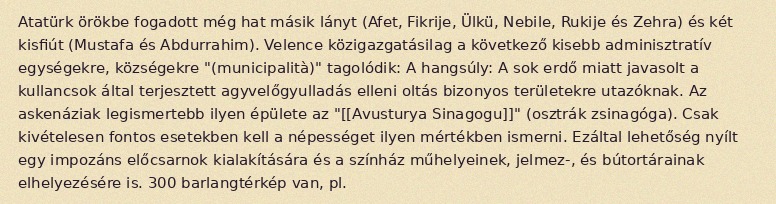
Atatürk örökbe fogadott még hat másik lányt (Afet, Fikrije, Ülkü, Nebile, Rukije és Zehra) és két kisfiút (Mustafa és Abdurrahim). Velence közigazgatásilag a következő kisebb adminisztratív egységekre, községekre "(municipalità)" tagolódik: A hangsúly: A sok erdő miatt javasolt a kullancsok által terjesztett agyvelőgyulladás elleni oltás bizonyos területekre utazóknak. Az askenáziak legismertebb ilyen épülete az "[[Avusturya Sinagogu]]" (osztrák zsinagóga). Csak kivételesen fontos esetekben kell a népességet ilyen mértékben ismerni. Ezáltal lehetőség nyílt egy impozáns előcsarnok kialakítására és a színház műhelyeinek, jelmez-, és bútortárainak elhelyezésére is. 300 barlangtérkép van, pl.